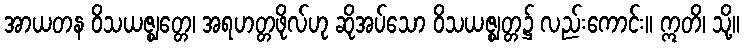
အာယတန ဝိသယဇ္ဈတ္တေ၊ အရဟတ္တဖိုလ်ဟု ဆိုအပ်သော ဝိသယဇ္ဈတ္တ၌ လည်းကောင်း။ ဣတိ၊ သို့။